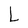
Character: L